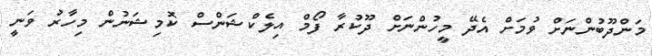
މަންދޫބުންނަށް ވުމަށް އެދޭ މީހުންނަށް ދޫކުރާ ފޯމް އިލެކްޝަންސް ކޮމިޝަނުން މިހާރު ވަނީ